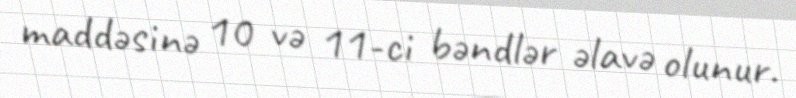
maddəsinə 10 və 11-ci bəndlər əlavə olunur.